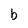
Character: b